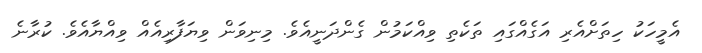
އެމީހަކު ހިތަށްއެރި އަގެއްގައި ތަކެތި ވިއްކަމުން ގެންދަނީއެވެ. މިނިވަން ވިޔަފާރިއެއް ވިއްޔާއެވެ. ކުރާނެ